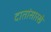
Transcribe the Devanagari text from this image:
दातांसारखे